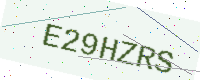
Text: E29HZRS